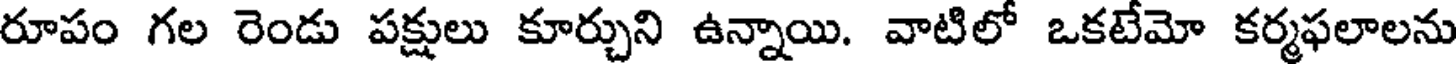
రూపం గల రెండు పక్షులు కూర్చుని ఉన్నాయి. వాటిలో ఒకటేమో కర్మఫలాలను